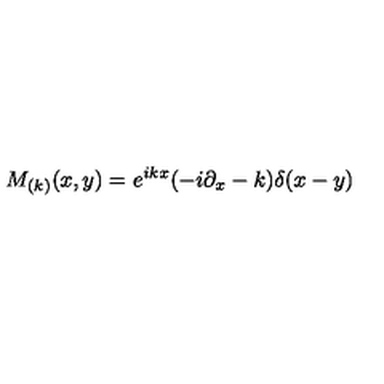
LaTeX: M _ { ( k ) } ( x , y ) = e ^ { i k x } ( - i \partial _ { x } - k ) \delta ( x - y )